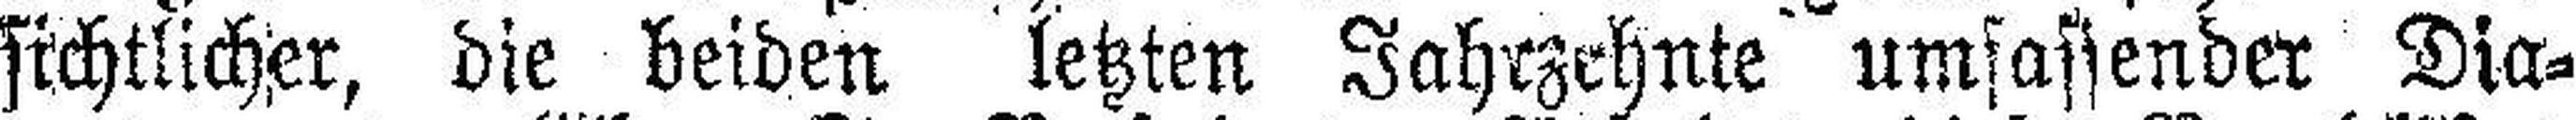
sichtlicher, die beiden letzten Jahrzehnte umfassender Dia¬